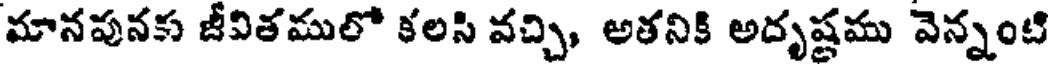
మానపునకు జీవితములో కలసి వచ్చి, అతనికి అదృష్టము వెన్నంటి